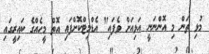
މުޅި ތަން މި އޮންނަނީ އަޅިއަށް ވެފައި" އެޑްމިޓްކޮށްފައި އޮތް މީހެއްގެ ކައިރީގައި